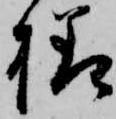
様